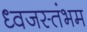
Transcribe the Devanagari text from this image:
ध्‍वजस्‍तंभम